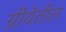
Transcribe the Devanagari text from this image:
ग्रीवेतील